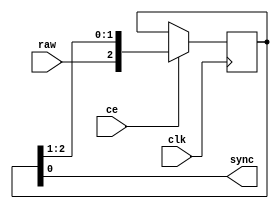
/*---------------------------------------------------------------------------
-- (c) 2013 mark watson
-- I am happy for anyone to use this for non-commercial use.
-- If my vhdl files are used commercially or otherwise sold,
-- please contact me for explicit permission at scrameta (gmail).
-- This applies for source and binary form and derived works.
--
-- Converted to Verilog from original VHDL
--------------------------------------------------------------------------*/

`timescale 1 ps / 1 ps
/* verilator lint_off COMBDLY */
module synchronizer(clk, ce, raw, sync);
   input      clk;
   input      ce;
   input      raw;
   output     sync;
   
   wire [2:0] ff_next;
   reg [2:0]  ff_reg;
   
   always @(posedge clk)
       if (ce)
         ff_reg <= ff_next;
   
   assign ff_next = {raw, ff_reg[2:1]};
   
   assign sync = ff_reg[0];
   
endmodule
/* verilator lint_on COMBDLY */